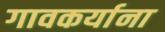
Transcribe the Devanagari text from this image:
गावकर्याना